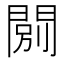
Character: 𨴾